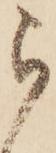
ら